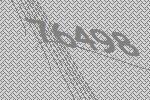
76498